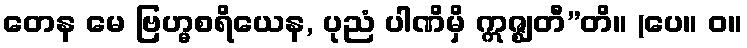
တေန မေ ဗြဟ္မစရိယေန, ပုညံ ပါဏိမှိ ဣဇ္ဈတီ”တိ။ (ပေ။ ဝ။